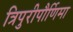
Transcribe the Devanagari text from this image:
त्रिपुरीपौर्णिमा